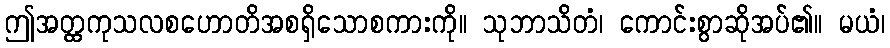
ဤအတ္ထကုသလစဟောတိအစရှိသောစကားကို။ သုဘာသိတံ၊ ကောင်းစွာဆိုအပ်၏။ မယံ၊